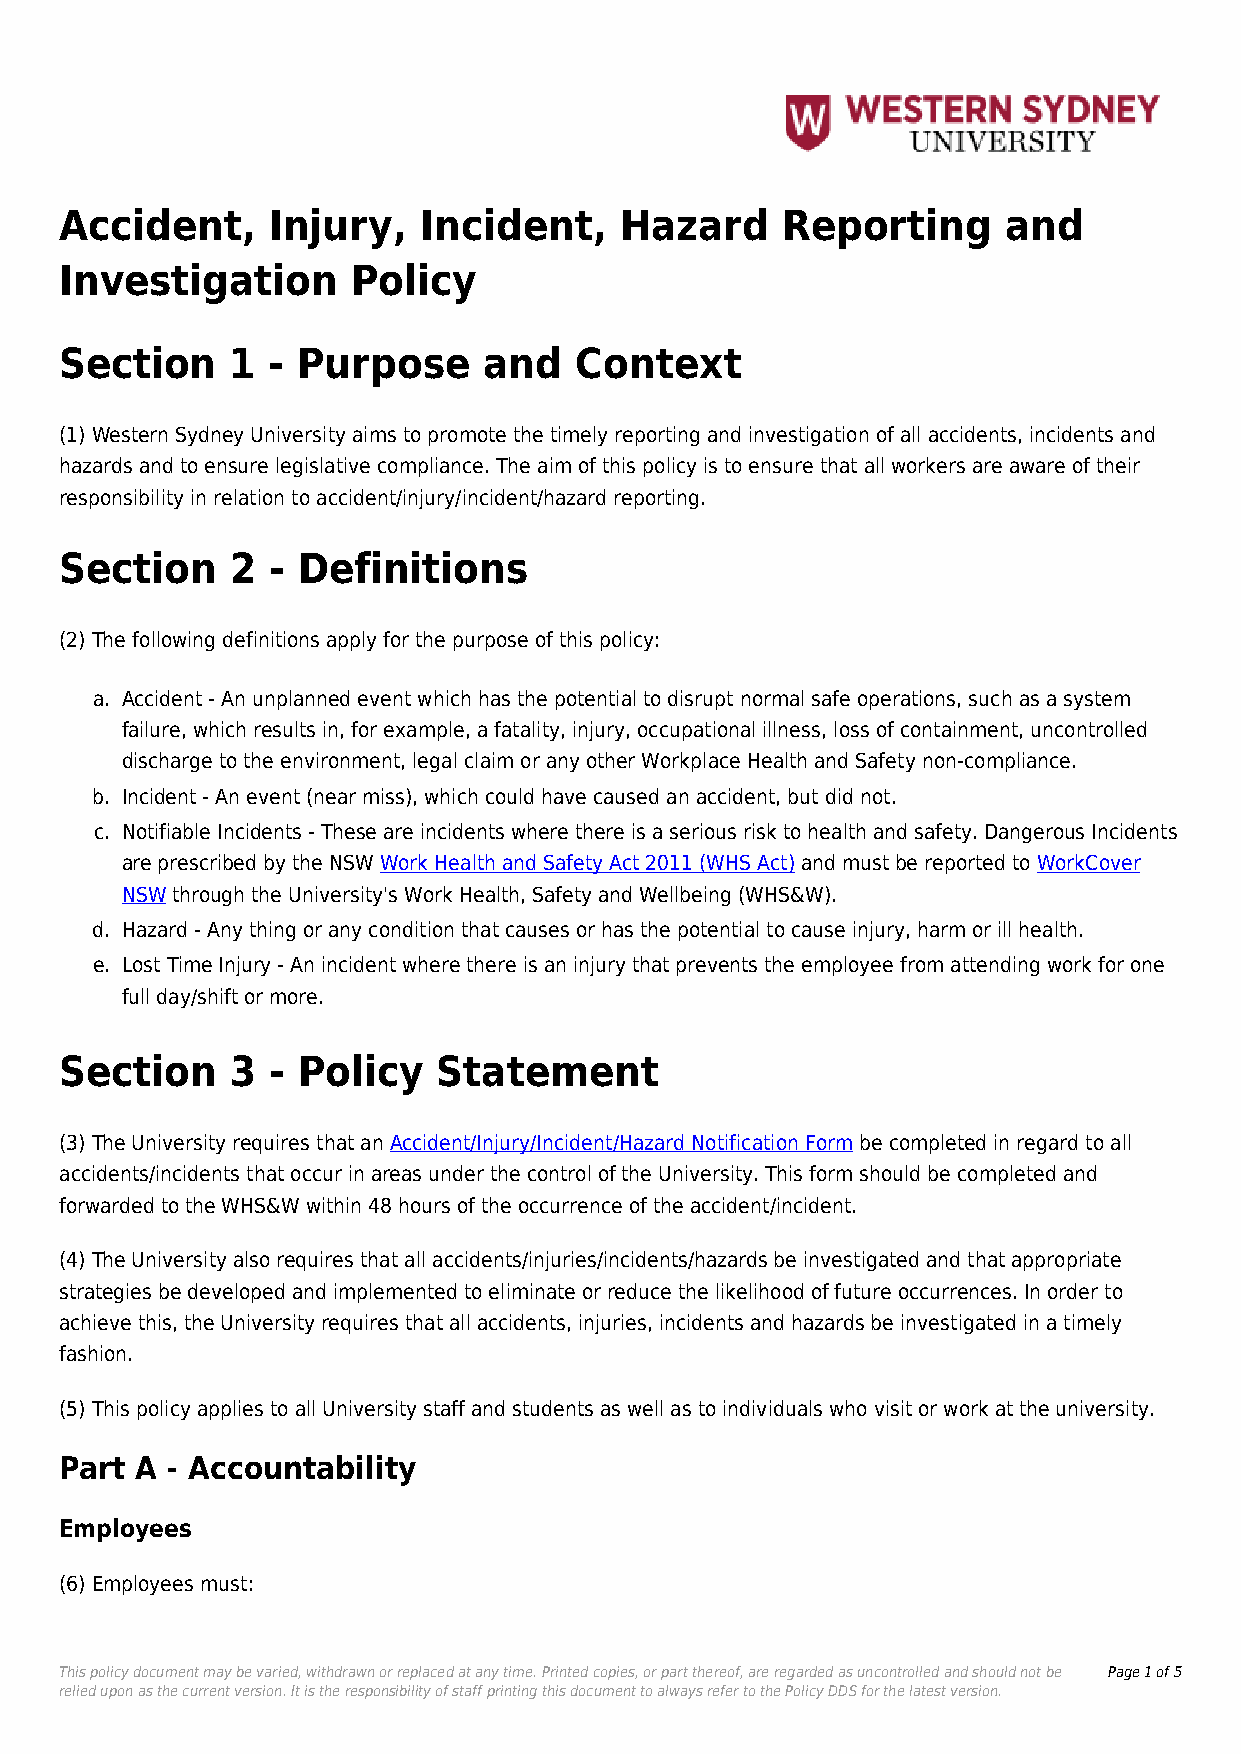
Accident,     Injury,   Incident,    Hazard     Reporting      and
 Investigation      Policy
 Section    1  - Purpose     and   Context
 (1) Western Sydney University aims to promote the timely reporting and investigation of all accidents, incidents and
 hazards and to ensure legislative compliance. The aim of this policy is to ensure that all workers are aware of their
 responsibility in relation to accident/injury/incident/hazard reporting.
 Section    2  - Definitions
 (2) The following definitions apply for the purpose of this policy:
 a. Accident - An unplanned event which has the potential to disrupt normal safe operations, such as a system
 failure, which results in, for example, a fatality, injury, occupational illness, loss of containment, uncontrolled
 discharge to the environment, legal claim or any other Workplace Health and Safety non-compliance.
 b. Incident - An event (near miss), which could have caused an accident, but did not.
 c. Notifiable Incidents - These are incidents where there is a serious risk to health and safety. Dangerous Incidents
 are prescribed by the NSW Work Health and Safety Act 2011 (WHS Act) and must be reported to WorkCover
 NSW through the University's Work Health, Safety and Wellbeing (WHS&W).
 d. Hazard - Any thing or any condition that causes or has the potential to cause injury, harm or ill health.
 e. Lost Time Injury - An incident where there is an injury that prevents the employee from attending work for one
 full day/shift or more.
 Section    3  - Policy   Statement
 (3) The University requires that an Accident/Injury/Incident/Hazard Notification Form be completed in regard to all
 accidents/incidents that occur in areas under the control of the University. This form should be completed and
 forwarded to the WHS&W within 48 hours of the occurrence of the accident/incident.
 (4) The University also requires that all accidents/injuries/incidents/hazards be investigated and that appropriate
 strategies be developed and implemented to eliminate or reduce the likelihood of future occurrences. In order to
 achieve this, the University requires that all accidents, injuries, incidents and hazards be investigated in a timely
 fashion.
 (5) This policy applies to all University staff and students as well as to individuals who visit or work at the university.
 Part A - Accountability
 Employees
 (6) Employees must:
 This policy document may be varied, withdrawn or replaced at any time. Printed copies, or part thereof, are regarded as uncontrolled and should not be Page 1 of 5
 relied upon as the current version. It is the responsibility of staff printing this document to always refer to the Policy DDS for the latest version.